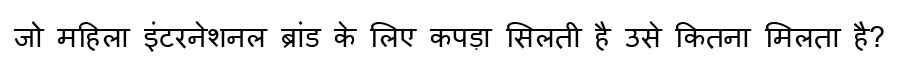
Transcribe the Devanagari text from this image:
जो महिला इंटरनेशनल ब्रांड के लिए कपड़ा सिलती है उसे कितना मिलता है?